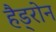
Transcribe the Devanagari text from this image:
हैड्रोन